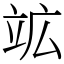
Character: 䇊